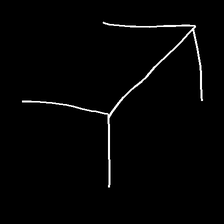
Glyph: gather